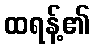
ထရန့်၏